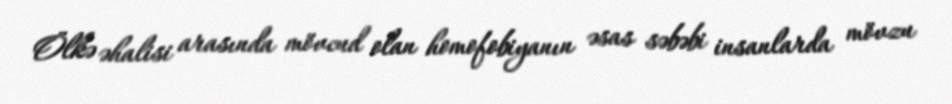
Ölkə əhalisi arasında mövcud olan homofobiyanın əsas səbəbi insanlarda mövzu